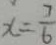
x = \frac { 7 } { 6 }